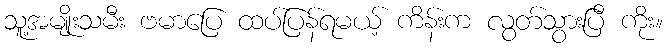
သူ့အမျိုးသမီး ဗမာပြေ ထပ်ပြန်ရမယ့် ကိန်းက လွတ်သွားပြီ ကိုး။